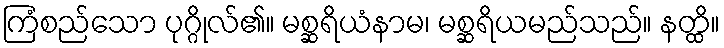
ကြံစည်သော ပုဂ္ဂိုလ်၏။ မစ္ဆရိယံနာမ၊ မစ္ဆရိယမည်သည်။ နတ္ထိ။